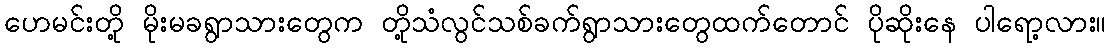
ဟေမင်းတို့ မိုးမခရွာသားတွေက တို့သံလွင်သစ်ခက်ရွာသားတွေထက်တောင် ပိုဆိုးနေ ပါရော့လား။